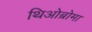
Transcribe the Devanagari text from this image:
थिओब्रोमा